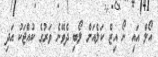
އޯލް އައި ނޯ އިޒް ކަލެއަށް ލޯބި ދެވޭނެ ވަރުގެ ކުއްޖަކު އަދި